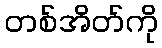
တစ်အိတ်ကို